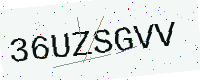
Text: 36UZSGVV